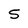
Character: 5